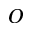
O